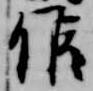
候